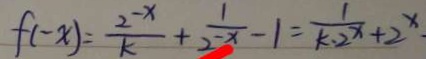
f ( - x ) = \frac { 2 - x } { k } + \frac { 1 } { 2 - x } - 1 = \frac { 1 } { k \cdot 2 ^ { x } } + 2 ^ { x } .